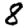
Digit: 8